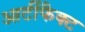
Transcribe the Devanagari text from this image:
आर्टीफैक्ट